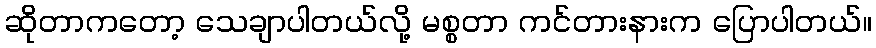
ဆိုတာကတော့ သေချာပါတယ်လို့ မစ္စတာ ကင်တားနားက ပြောပါတယ်။